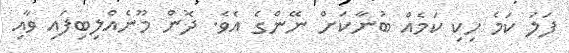
ފަލަ ކަމެ ހިކި ކަމެއް ބުނާކަށް ނޭންގެ އެވެ. ދޮން މޫނެއްލިބިފައި ވާއި